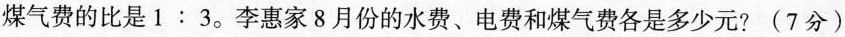
煤气费的比是$$1:3$$。李惠家8月份的水费、电费和煤气费各是多少元?(7分)